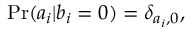
\mathrm { P r } ( a _ { i } | b _ { i } = 0 ) = \delta _ { a _ { i } , 0 } ,